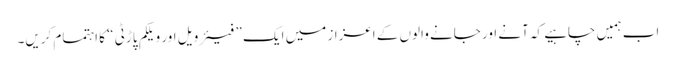
اب ہمیں چاہیے کہ آنے اور جانے والوں کے اعزاز میں ایک ” فیئر ویل اور ویلکم پاڑٹی “ کا اہتمام کریں۔